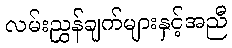
လမ်းညွှန်ချက်များနှင့်အညီ